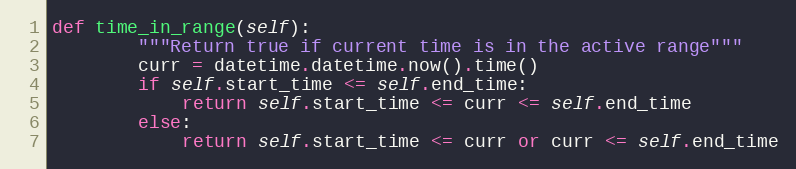
Language: Python
def time_in_range(self):
        """Return true if current time is in the active range"""
        curr = datetime.datetime.now().time()
        if self.start_time <= self.end_time:
            return self.start_time <= curr <= self.end_time
        else:
            return self.start_time <= curr or curr <= self.end_time